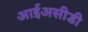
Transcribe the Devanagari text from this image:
आईअसीडी